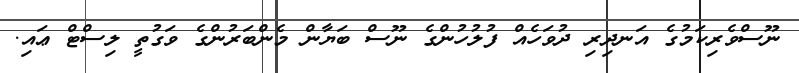
ނޫސްވެރިކަމުގެ އަނދިރި ދުވަހެއް ފުލުހުންގެ ނޫސް ބަޔާން މެންބަރުންގެ ވަގުތީ ލިސްޓް ޢައި.